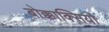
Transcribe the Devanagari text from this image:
बोक्काक्सियो